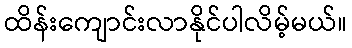
ထိန်းကျောင်းလာနိုင်ပါလိမ့်မယ်။